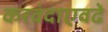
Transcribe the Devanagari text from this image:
करवंदाएवढे